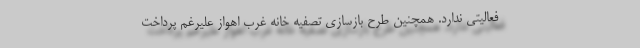
فعالیتی ندارد. همچنین طرح بازسازی تصفیه خانه غرب اهواز علیرغم پرداخت